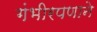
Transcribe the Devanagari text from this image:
गंभीरपणाने